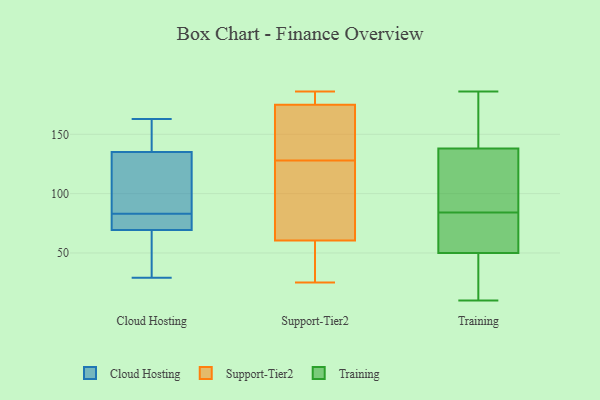
{"axis": {"x": "Budget (USD K)", "y": "Value"}, "legend": ["Cloud Hosting", "Support-Tier2", "Training"], "data": [{"x": "", "y": 29, "type": "Cloud Hosting"}, {"x": "", "y": 129, "type": "Cloud Hosting"}, {"x": "", "y": 65, "type": "Cloud Hosting"}, {"x": "", "y": 68, "type": "Cloud Hosting"}, {"x": "", "y": 83, "type": "Cloud Hosting"}, {"x": "", "y": 137, "type": "Cloud Hosting"}, {"x": "", "y": 160, "type": "Cloud Hosting"}, {"x": "", "y": 125, "type": "Cloud Hosting"}, {"x": "", "y": 163, "type": "Cloud Hosting"}, {"x": "", "y": 73, "type": "Cloud Hosting"}, {"x": "", "y": 77, "type": "Cloud Hosting"}, {"x": "", "y": 168, "type": "Support-Tier2"}, {"x": "", "y": 110, "type": "Support-Tier2"}, {"x": "", "y": 54, "type": "Support-Tier2"}, {"x": "", "y": 182, "type": "Support-Tier2"}, {"x": "", "y": 129, "type": "Support-Tier2"}, {"x": "", "y": 185, "type": "Support-Tier2"}, {"x": "", "y": 127, "type": "Support-Tier2"}, {"x": "", "y": 67, "type": "Support-Tier2"}, {"x": "", "y": 25, "type": "Support-Tier2"}, {"x": "", "y": 186, "type": "Support-Tier2"}, {"x": "", "y": 167, "type": "Support-Tier2"}, {"x": "", "y": 49, "type": "Support-Tier2"}, {"x": "", "y": 38, "type": "Training"}, {"x": "", "y": 10, "type": "Training"}, {"x": "", "y": 43, "type": "Training"}, {"x": "", "y": 168, "type": "Training"}, {"x": "", "y": 159, "type": "Training"}, {"x": "", "y": 117, "type": "Training"}, {"x": "", "y": 84, "type": "Training"}, {"x": "", "y": 19, "type": "Training"}, {"x": "", "y": 92, "type": "Training"}, {"x": "", "y": 104, "type": "Training"}, {"x": "", "y": 171, "type": "Training"}, {"x": "", "y": 68, "type": "Training"}, {"x": "", "y": 186, "type": "Training"}, {"x": "", "y": 44, "type": "Training"}, {"x": "", "y": 68, "type": "Training"}, {"x": "", "y": 143, "type": "Training"}, {"x": "", "y": 68, "type": "Training"}, {"x": "", "y": 123, "type": "Training"}, {"x": "", "y": 78, "type": "Training"}]}